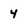
Character: 4